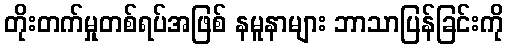
တိုးတက်မှုတစ်ရပ်အဖြစ် နမူနာများ ဘာသာပြန်ခြင်းကို